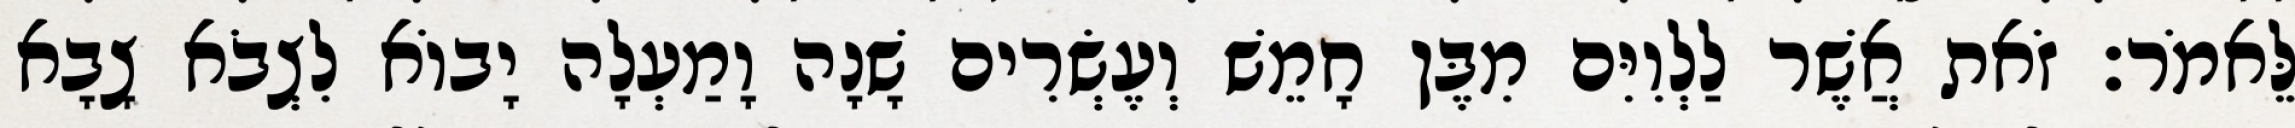
לֵּאמֹר׃ זֹאת אֲשֶׁר לַלְוִיִּם מִבֶּן חָמֵשׁ וְעֶשְׂרִים שָׁנָה וָמַעְלָה יָבוֹא לִצְבֹא צָבָא